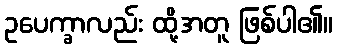
ဥပေက္ခာလည်း ထို့အတူ ဖြစ်ပါ၏။